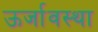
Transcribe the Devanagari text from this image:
ऊर्जावस्था